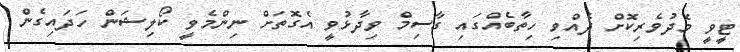
ޓީވީ މެދުވެރިކޮށް ދެއްވި ހިތާބެއްގައި ގާސިމް ވިދާޅުވީ އެގޮތަށް ނިންމެވީ ކޯލިޝަން ހަދައިގެން